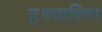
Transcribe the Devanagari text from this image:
तुझ्याविना